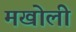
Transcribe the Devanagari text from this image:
मखोली